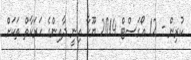
ކުރިން - 12 އޯގަސްޓް 2014 ޔޫހާ އިނީ ދާއިންގެ ހަރަކާތް ތަކަށް